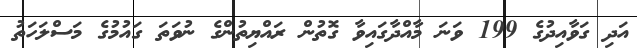
އަދި ގަވާއިދުގެ 199 ވަނަ މާއްދާގައިވާ ގޮތުން ރައްޔިތުންގެ ނުވަތަ ގައުމުގެ މަސްލަހަތު